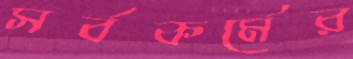
সর্বকর্মের